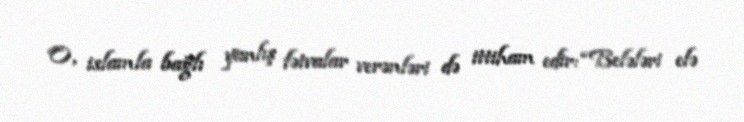
O, islamla bağlı yanlış fətvalar verənləri də ittiham edir: “Belələri elə